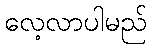
လေ့လာပါမည်